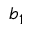
b _ { 1 }